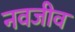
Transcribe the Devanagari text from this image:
नवजीव